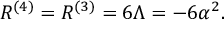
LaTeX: R ^ { ( 4 ) } = R ^ { ( 3 ) } = 6 \Lambda = - 6 \alpha ^ { 2 } .